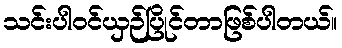
သင်းပါဝင်ယှဉ်ပြိုင်တာဖြစ်ပါတယ်။